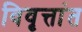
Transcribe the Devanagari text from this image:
विवृत्तांत